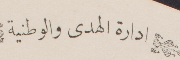
إدارة الهدى والوطنية